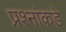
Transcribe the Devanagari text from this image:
प्रश्‍नांकडे